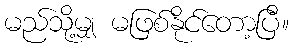
မည်သို့မျှ မဖြစ်နိုင်တော့ပြီ။